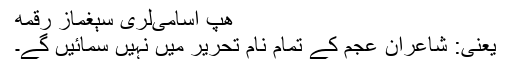
هپ اسامی‌لری سېغماز رقمه
یعنی: شاعرانِ عجم کے تمام نام تحریر میں نہیں سمائیں گے۔